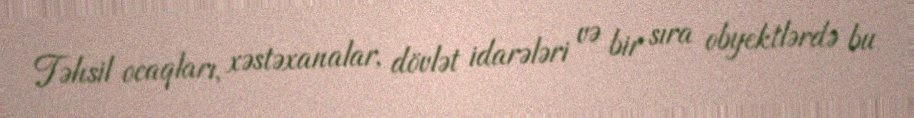
Təhsil ocaqları, xəstəxanalar, dövlət idarələri və bir sıra obyektlərdə bu